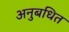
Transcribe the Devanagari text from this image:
अनुबधित